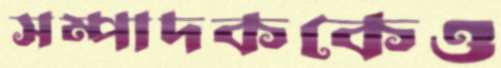
সম্পাদককেও